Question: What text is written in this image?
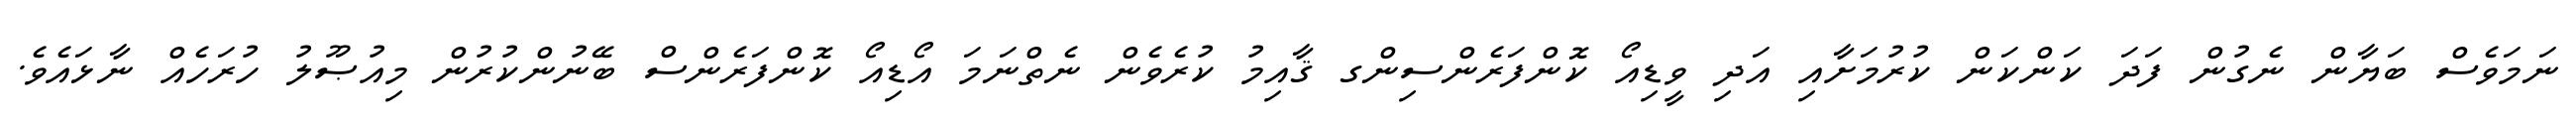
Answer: ނަމަވެސް ބަޔާން ނެގުން ފަދަ ކަންކަން ކުރުމަށާއި އަދި ވީޑިއޯ ކޮންފަރެންސިންގ ޤާއިމު ކުރެވެން ނެތްނަމަ އޯޑިއޯ ކޮންފަރެންސް ބޭނުންކުރުން މިއުޞޫލު ހުރަހެއް ނާޅައެވެ.